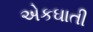
એકઘાતી